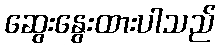
ဆွေးနွေးထားပါသည်